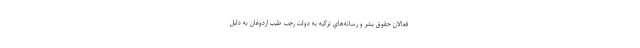
فعالان حقوق بشر و رسانه‌هاي تركيه به دولت رجب طيب اردوغان به دليل